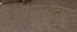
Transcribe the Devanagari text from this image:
३श्रीनाथद्वारा